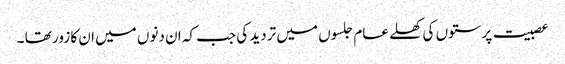
عصبیت پرستوں کی کھلے عام جلسوں میں تردید کی جب کہ ان دنوں میں ان کا زور تھا ۔